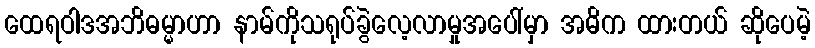
ထေရဝါဒအဘိဓမ္မာဟာ နာမ်ကိုသရုပ်ခွဲလေ့လာမှုအပေါ်မှာ အဓိက ထားတယ် ဆိုပေမဲ့